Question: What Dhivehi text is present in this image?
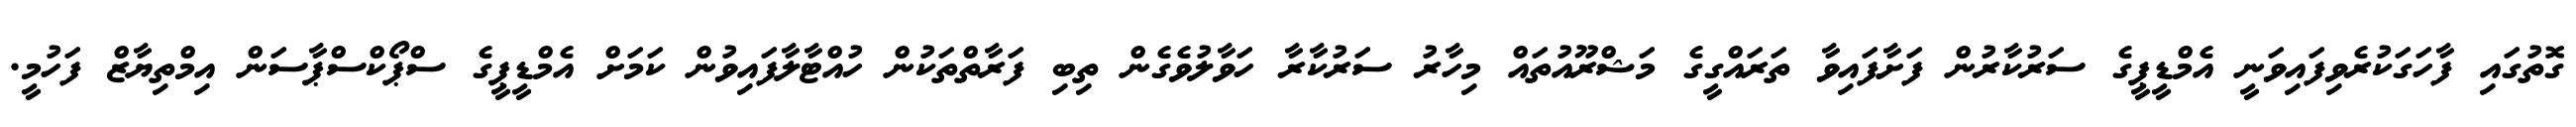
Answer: ގޮތުގައި ފާހަގަކުރެވިފައިވަނީ އެމްޑީޕީގެ ސަރުކާރުން ފަށާފައިވާ ތަރައްގީގެ މަޝްރޫއުތައް މިހާރު ސަރުކާރާ ހަވާލުވެގެން ތިބި ފަރާތްތަކުން ހުއްޓާލާފައިވުން ކަމަށް އެމްޑީޕީގެ ސްޕޯކްސްޕާސަން އިމްތިޔާޒް ފަހުމީ.